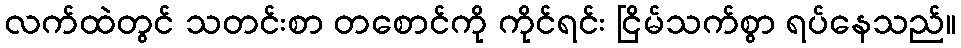
လက်ထဲတွင် သတင်းစာ တစောင်ကို ကိုင်ရင်း ငြိမ်သက်စွာ ရပ်နေသည်။